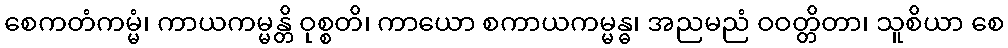
စေကတံကမ္မံ၊ ကာယကမ္မန္တိ ဝုစ္စတိ၊ ကာယော စကာယကမ္မန္ဓ၊ အညမညံ ဝဝတ္တိတာ၊ သူစိယာ စေ